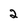
Character: 2